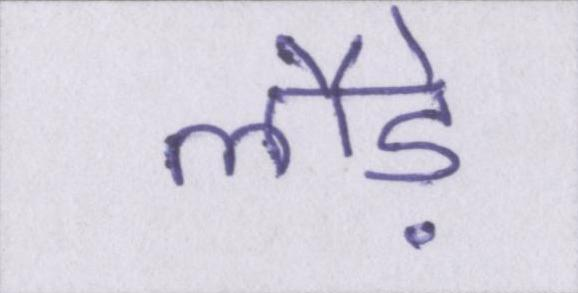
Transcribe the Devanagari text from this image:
लौड़े